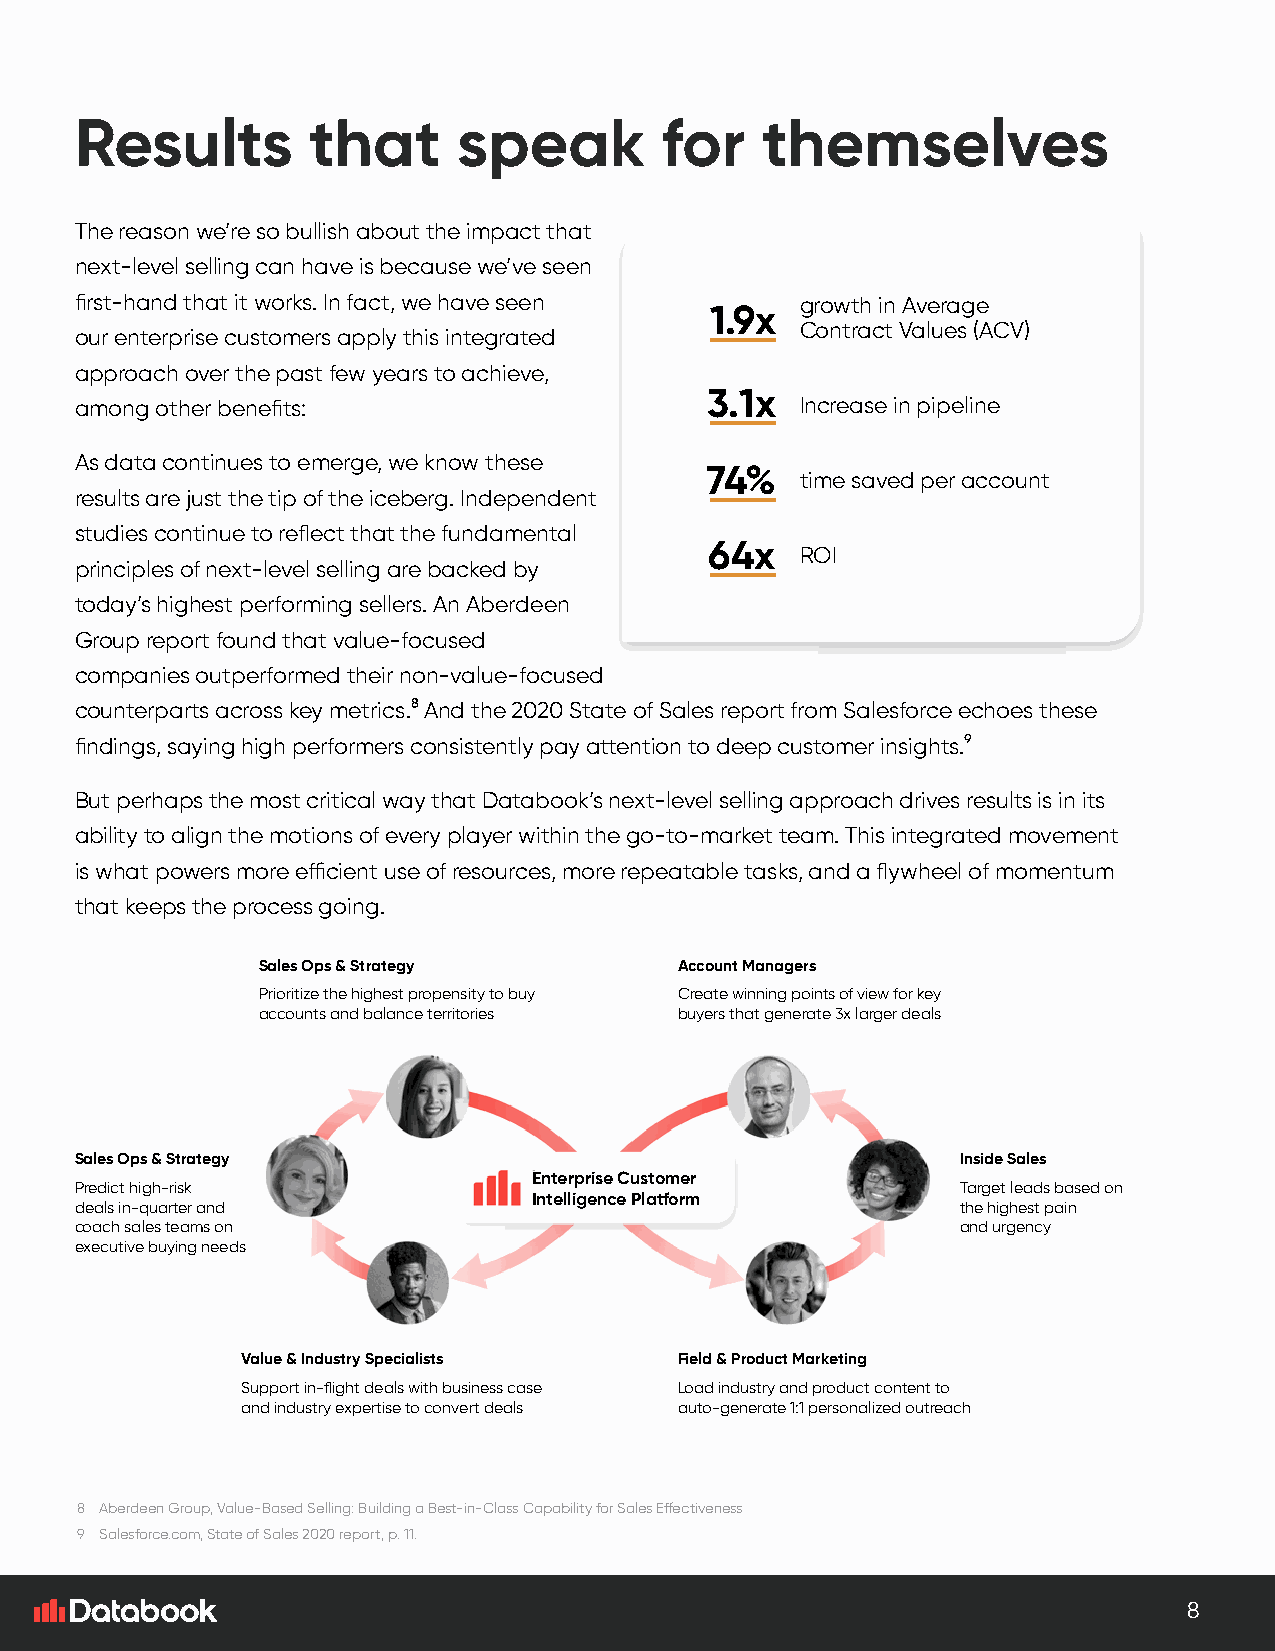
Results        that      speak         for   themselves
 The reason we’re so bullish about the impact that
 next-level selling can have is because we’ve seen
 first-hand that it works. In fact, we have seen growth in Average
 1.9x
 Contract Values (ACV)
 our enterprise customers apply this integrated
 approach over the past few years to achieve,
 3.1x
 among other benefits:                           Increase in pipeline
 As data continues to emerge, we know these
 74%
 time saved per account
 results are just the tip of the iceberg. Independent
 studies continue to reflect that the fundamental
 64x
 ROI
 principles of next-level selling are backed by
 today’s highest performing sellers. An Aberdeen
 Group report found that value-focused
 companies outperformed their non-value-focused
 counterparts across key metrics.8 And the 2020 State of Sales report from Salesforce echoes these
 findings, saying high performers consistently pay attention to deep customer insights.9
 But perhaps the most critical way that Databook’s next-level selling approach drives results is in its
 ability to align the motions of every player within the go-to-market team. This integrated movement
 is what powers more efficient use of resources, more repeatable tasks, and a flywheel of momentum
 that keeps the process going.
 Sales Ops & Strategy        Account Managers
 Prioritize the highest propensity to buy Create winning points of view for key
 accounts and balance territories buyers that generate 3x larger deals
 Sales Ops & Strategy                                       Inside Sales
 Enterprise Customer
 Predict high-risk                                          Target leads based on
 Intelligence Platform
 deals in-quarter and                                       the highest pain
 coach sales teams on                                       and urgency
 executive buying needs
 Value & Industry Specialists Field & Product Marketing
 Support in-flight deals with business case Load industry and product content to
 and industry expertise to convert deals auto-generate 1:1 personalized outreach
 8 Aberdeen Group, Value-Based Selling: Building a Best-in-Class Capability for Sales Effectiveness
 9 Salesforce.com, State of Sales 2020 report, p. 11.
 8